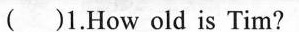
( )1.How old is Tim?